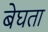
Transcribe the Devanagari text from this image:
बेघता